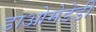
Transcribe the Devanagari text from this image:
डाओमेडेडी